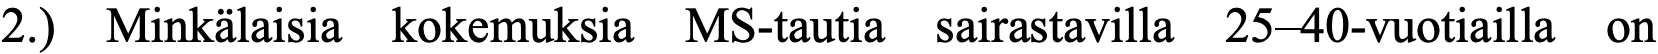
2.) Minkälaisia kokemuksia MS-tautia sairastavilla 25–40-vuotiailla on